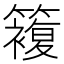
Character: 𥵩